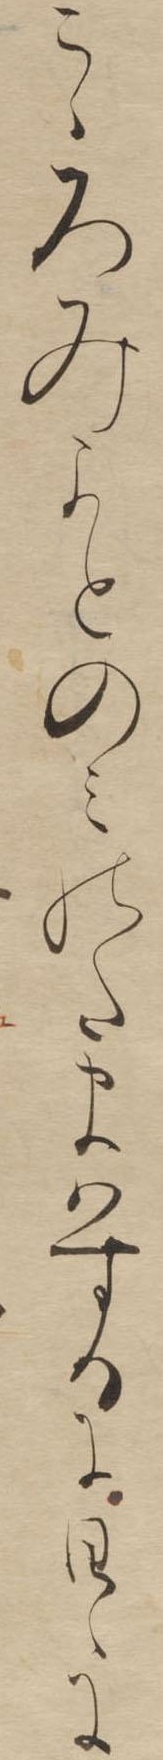
こゝろみよとのみのたまはするに日々に